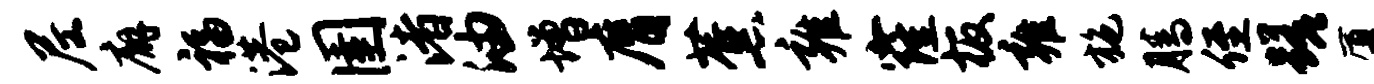
尼廨福港圉渚油增膺蕉雍窿板雍施腾侄蹉厦